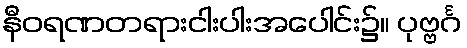
နီဝရဏတရားငါးပါးအပေါင်း၌။ ပုဗ္ဗင်္ဂ